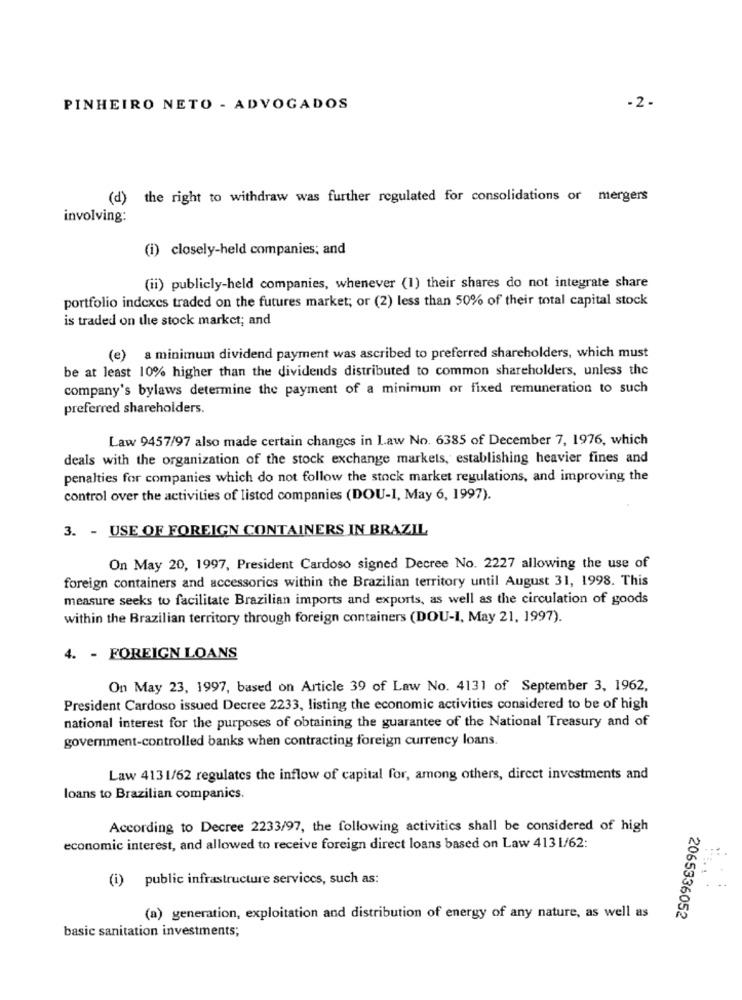
PINHEIRO NETO - ADVOGADOS
-2-
(d) the right to withdraw was further regulated for consolidations or mergers
involving:
(i) closely-held companies; and
(ii) publicly-held companies, whenever (1) their shares do not integrate share
portfolio indexes traded on the futures market; or (2) less than 50% of their total capital stock
is traded on the stock market; and
(e) a minimum dividend payment was ascribed to preferred shareholders, which must
be at least 10% higher than the dividends distributed to common shareholders, unless the
company's bylaws determine the payment of a minimum or fixed remuneration to such
preferred shareholders.
Law 9457/97 also made certain changes in Law No. 6385 of December 7, 1976, which
deals with the organization of the stock exchange markets, establishing heavier fines and
penalties for companies which do not follow the stock market regulations, and improving the
control over the activities of listed companies (DOU-I, May 6, 1997).
3. - USE OF FOREIGN CONTAINERS IN BRAZIL
On May 20, 1997, President Cardoso signed Decree No. 2227 allowing the use of
foreign containers and accessories within the Brazilian territory until August 31, 1998. This
measure seeks to facilitate Brazilian imports and exports, as well as the circulation of goods
within the Brazilian territory through foreign containers (DOU-I, May 21, 1997).
4. - FOREIGN LOANS
On May 23, 1997, based on Article 39 of Law No. 4131 of September 3, 1962,
President Cardoso issued Decree 2233, listing the economic activities considered to be of high
national interest for the purposes of obtaining the guarantee of the National Treasury and of
government-controlled banks when contracting foreign currency loans.
Law 4131/62 regulates the inflow of capital for, among others, direct investments and
loans to Brazilian companics.
According to Decree 2233/97, the following activitics shall be considered of high
economic interest, and allowed to receive foreign direct loans based on Law 4131/62:
(i) public infrastructure services, such as:
(a) generation, exploitation and distribution of energy of any nature, as well as
2065336052
basic sanitation investments;